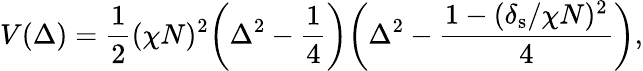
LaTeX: V(\Delta)=\frac{1}{2}(\chi N)^{2}\bigg(\Delta^{2}-\frac{1}{4}\bigg)\bigg(\Delta^{2}-\frac{1-(\delta_{\mathrm{s}}/\chi N)^{2}}{4}\bigg),